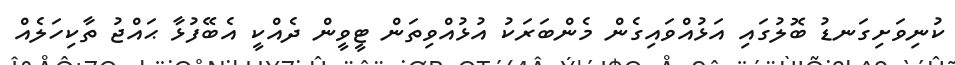
ކުނިވަށިގަނޑު ބޮލުގައި އަޅުއްވައިގެން މެންބަރަކު އުޅުއްވިތަން ޓީވީން ދެއްކީ އެބޭފުޅާ ޙައްޖު ތާކިހަލެއް